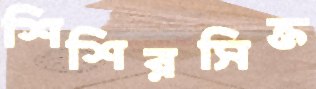
শিশিরসিক্ত